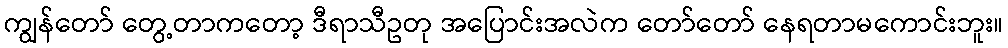
ကျွန်တော် တွေ့တာကတော့ ဒီရာသီဥတု အပြောင်းအလဲက တော်တော် နေရတာမကောင်းဘူး။